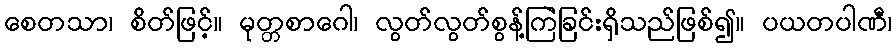
စေတသာ၊ စိတ်ဖြင့်။ မုတ္တစာဂေါ၊ လွတ်လွတ်စွန့်ကြဲခြင်းရှိသည်ဖြစ်၍။ ပယတပါဏီ၊